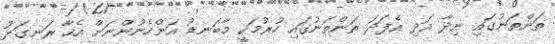
ތަންތަނުގައި ނިދާ އަދި އެފަދަ ތަންތަނުގައި ހުރުމަކީ މާބަނޑު އަންހެނުންނަށް އެހާ ރަނގަޅު